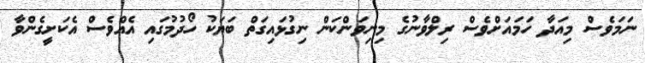
ނަމަވެސް މިއަދާ ހަމައަށްވެސް ރިލްވާނުގެ މިނިވަންކަން ނިގުޅައިގަތް ބަޔަކު ހޯދުމުގައި އެއްވެސް އެކަށީގެންވާ